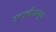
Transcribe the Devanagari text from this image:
उत्पत्तीपासून